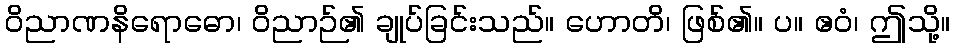
ဝိညာဏနိရောဓော၊ ဝိညာဉ်၏ ချုပ်ခြင်းသည်။ ဟောတိ၊ ဖြစ်၏။ ပ။ ဧဝံ၊ ဤသို့။